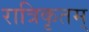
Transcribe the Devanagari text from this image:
रात्रिकृतम्‌